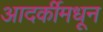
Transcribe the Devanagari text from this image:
आदर्कीमधून